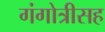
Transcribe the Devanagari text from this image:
गंगोत्रीसह